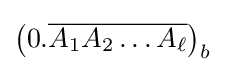
\left(0.{\overline {A_{1}A_{2}\ldots A_{\ell }}}\right)_{b}